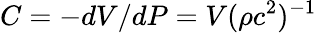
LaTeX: C=-dV/dP=V(\rho c^{2})^{-1}